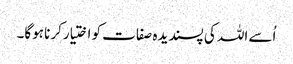
اُسے اللہ کی پسندیدہ صفات کو اختیارکرنا ہوگا۔